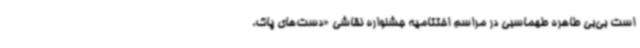
است بی‌بی طاهره طهماسبی در مراسم اختتامیه جشنواره نقاشی «دست‌های پاک،